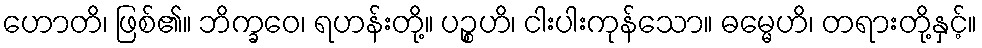
ဟောတိ၊ ဖြစ်၏။ ဘိက္ခဝေ၊ ရဟန်းတို့။ ပဉ္စဟိ၊ ငါးပါးကုန်သော။ ဓမ္မေဟိ၊ တရားတို့နှင့်။